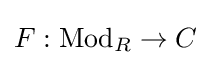
F:{\text{Mod}}_{R}\to C